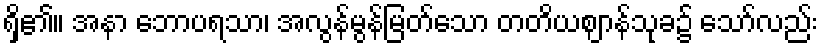
ရှိ၏။ အနာ ဘောပရသာ၊ အလွန်မွန်မြတ်သော တတိယဈာန်သုခ၌ သော်လည်း